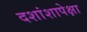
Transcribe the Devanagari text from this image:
दशांशापेक्षा